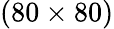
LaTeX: (80\times 80)